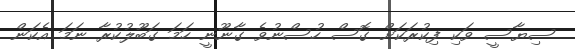
ސިޔާސީ ވަކި ފިކުރަކަށް ގޮސް ހުސްނުވެ ގާނޫނީ ހަމަ ގަބޫލުކުރާ ނަމަ އެކަން